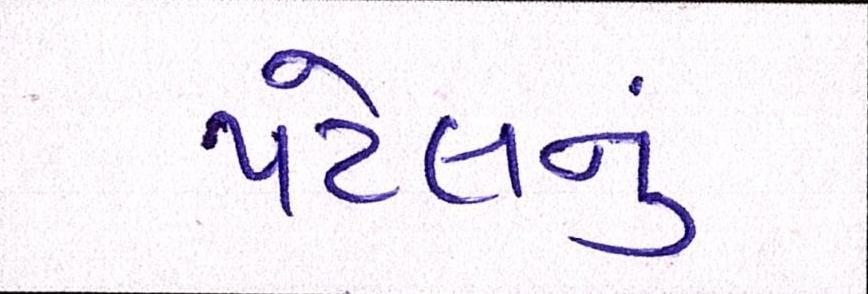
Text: પટેલનું